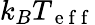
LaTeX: k_{B}T_{\mathrm{~e~f~f~}}